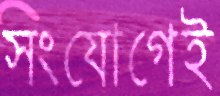
সংযোগেই